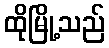
ထိုမြို့သည်